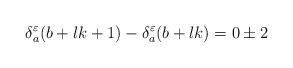
LaTeX: \begin{align*}\delta^{\varepsilon}_a(b+lk+1)-\delta^{\varepsilon}_a(b+lk)=0\pm2\end{align*}